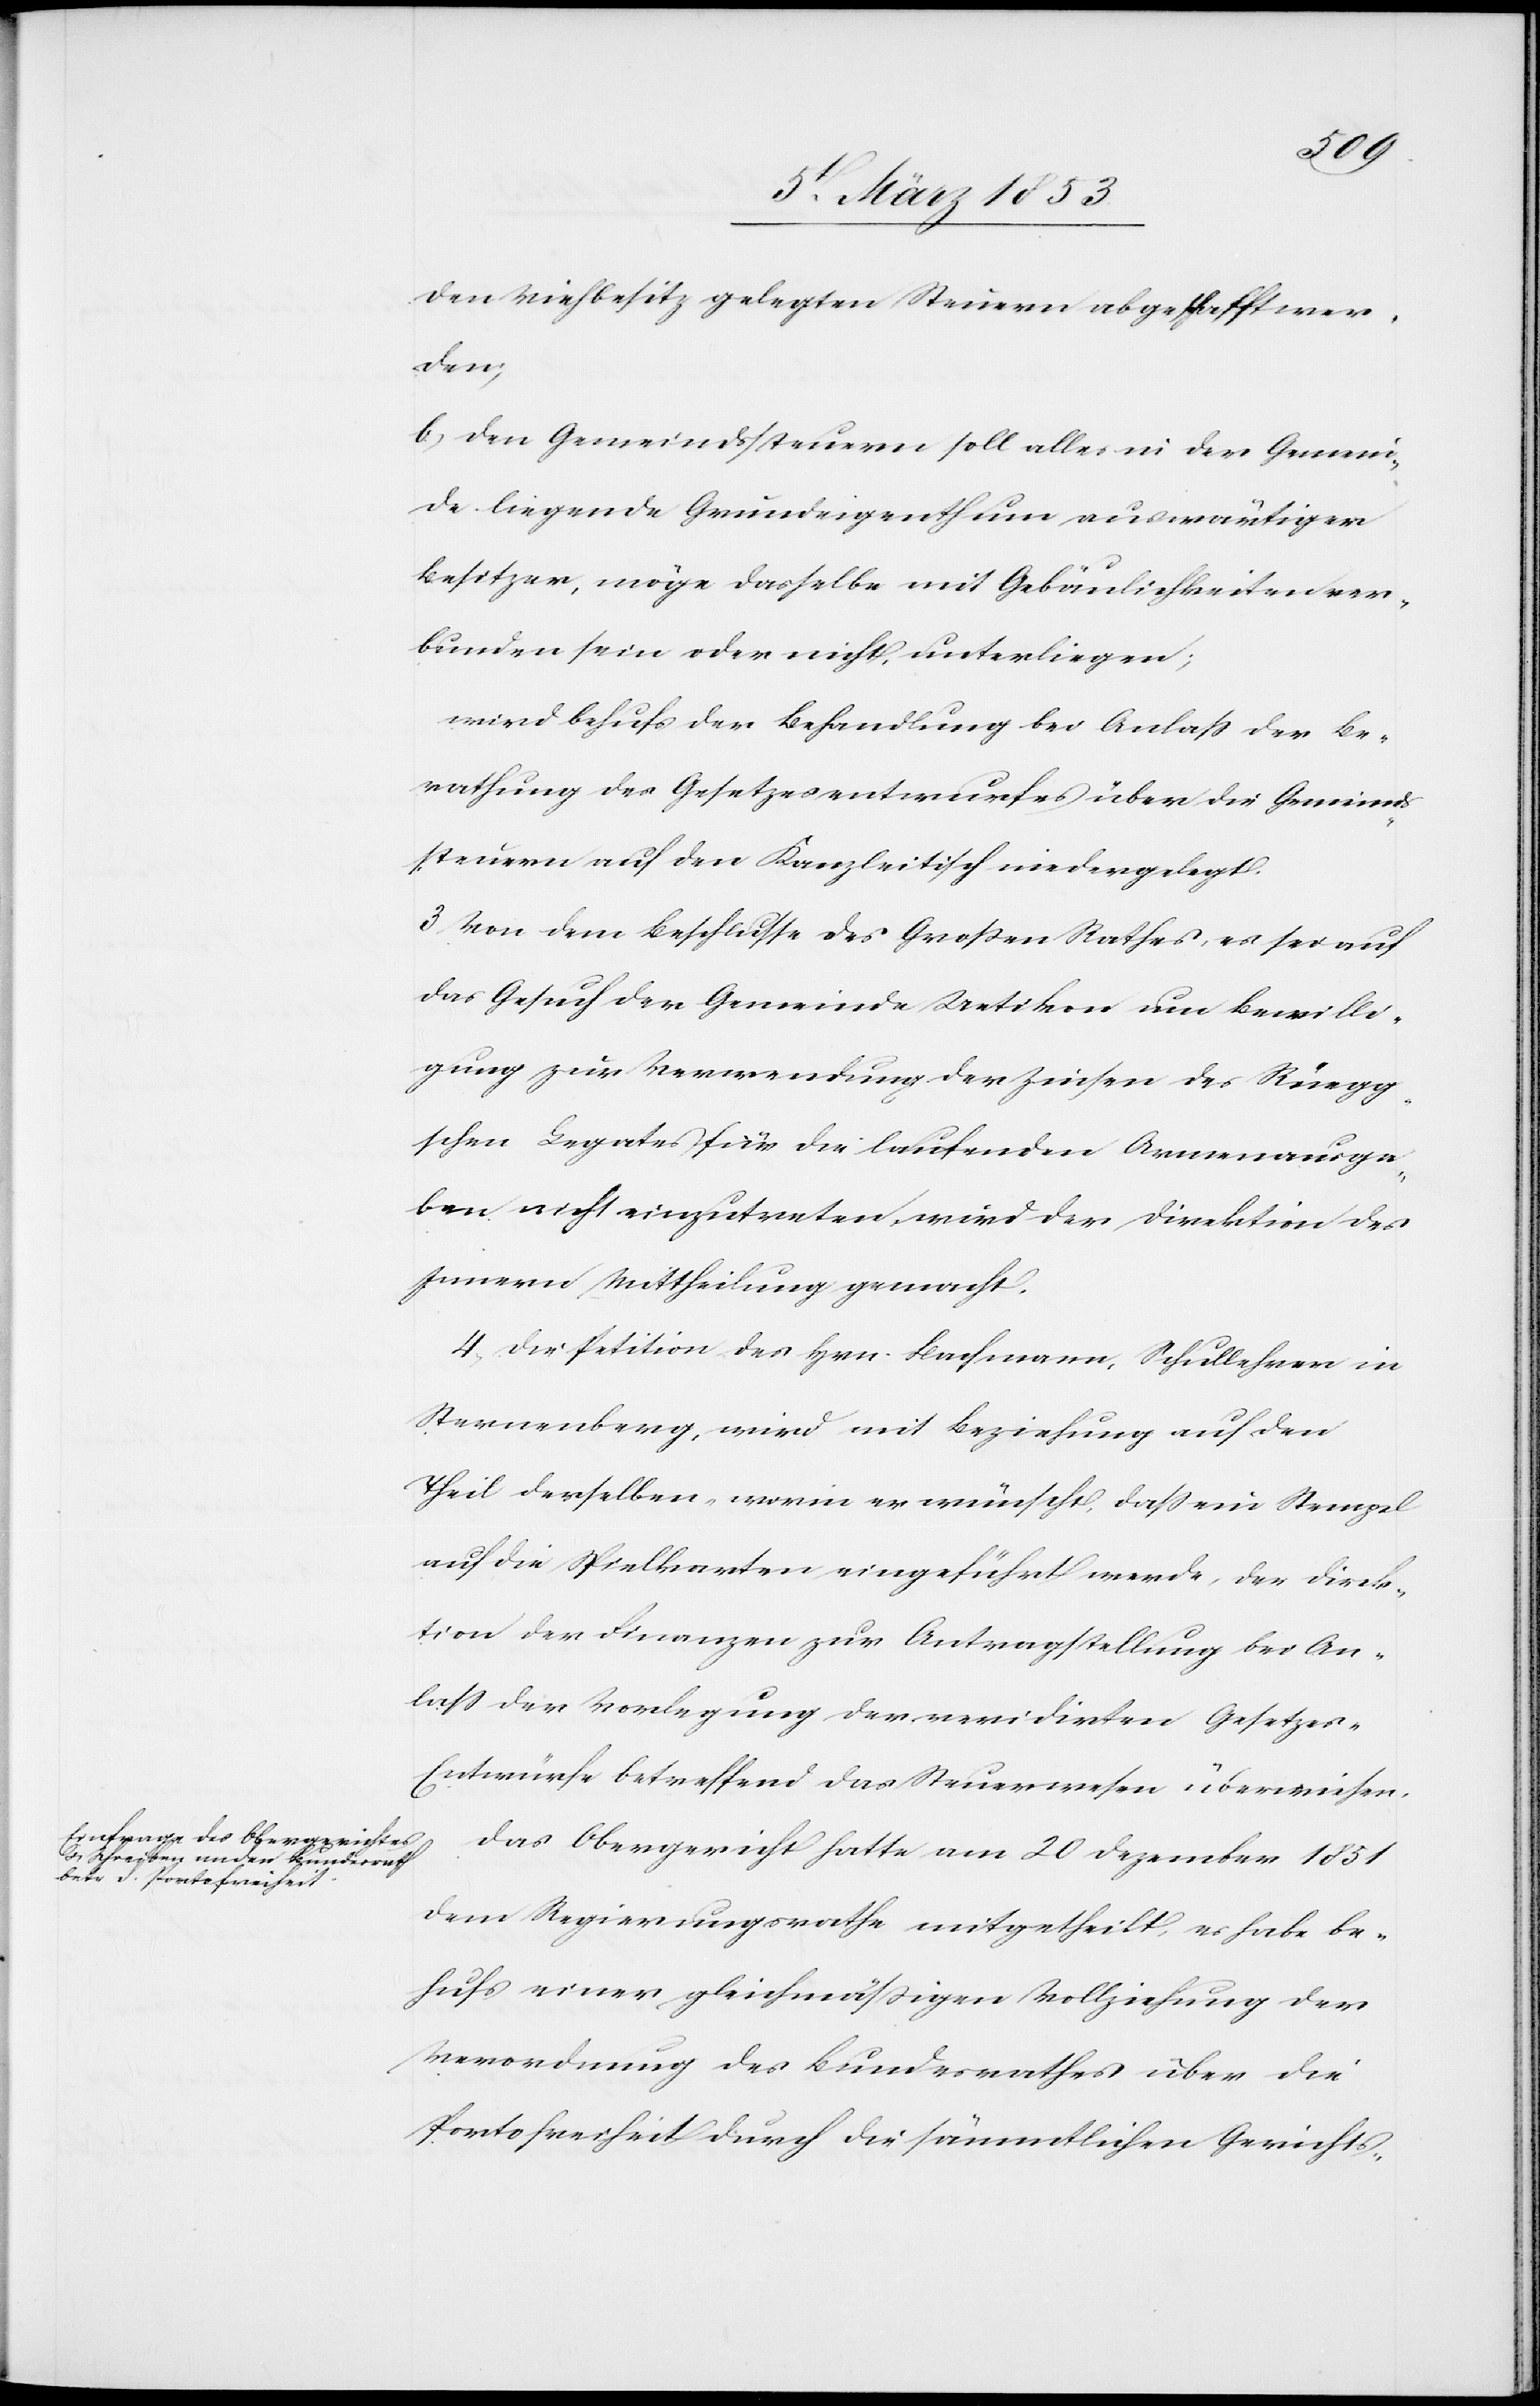
den Viehbesitz gelegten Steuern abgeschafft wer¬
den;
b, Den Gemeindsteuern soll alles in der Gemein¬
de liegende Grundeigenthum auswärtiger
Besitzer, möge dasselbe mit Gebäulichkeiten ver¬
bunden sein oder nicht, unterliegen;
wird behufs der Behandlung bei Anlaß der Be¬
rathung des Gesetzesentwurfes über die Gemeinds¬
steuern auf den Kanzleitisch niedergelegt.
3, Von dem Beschlusse des Großen Rathes, es sei auf
das Gesuch der Gemeinde Uetikon um Bewilli¬
gung zur Verwendung der Zinsen des Rüegg¬
schen Legates für die laufenden Armenausga¬
ben nicht einzutreten wird der Direktion des
Innern Mittheilung gemacht.
4, Die Petition des Hrn. Bachmann, Schullehrer in
Sternenberg, wird mit Beziehung auf den
Theil derselben, worin er wünscht, daß ein Stempel
auf die Spielkarten eingeführt werde, der Direk¬
tion der Finanzen zur Antragstellung bei An¬
laß der Vorlegung der revidirten Gesetzes-E¬
ntwürfe betreffend das Steuerwesen überwiesen.
Das Obergericht hatte am 20 Dezember 1851
dem Regierungsrathe mitgetheilt, es habe be¬
hufs einer gleichmäßigen Vollziehung der
Verordnung des Bundesrathes über die
Portolosigkeit durch die sämmtlichen Gerichts-